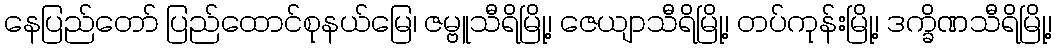
နေပြည်တော် ပြည်ထောင်စုနယ်မြေ၊ ဇမ္ဗူသီရိမြို့၊ ဇေယျာသီရိမြို့၊ တပ်ကုန်းမြို့၊ ဒက္ခိဏသီရိမြို့၊